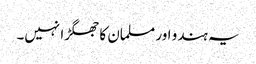
یہ ہندو اور مسلمان کا جھگڑا نہیں۔